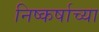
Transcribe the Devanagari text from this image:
निष्कर्षाच्या